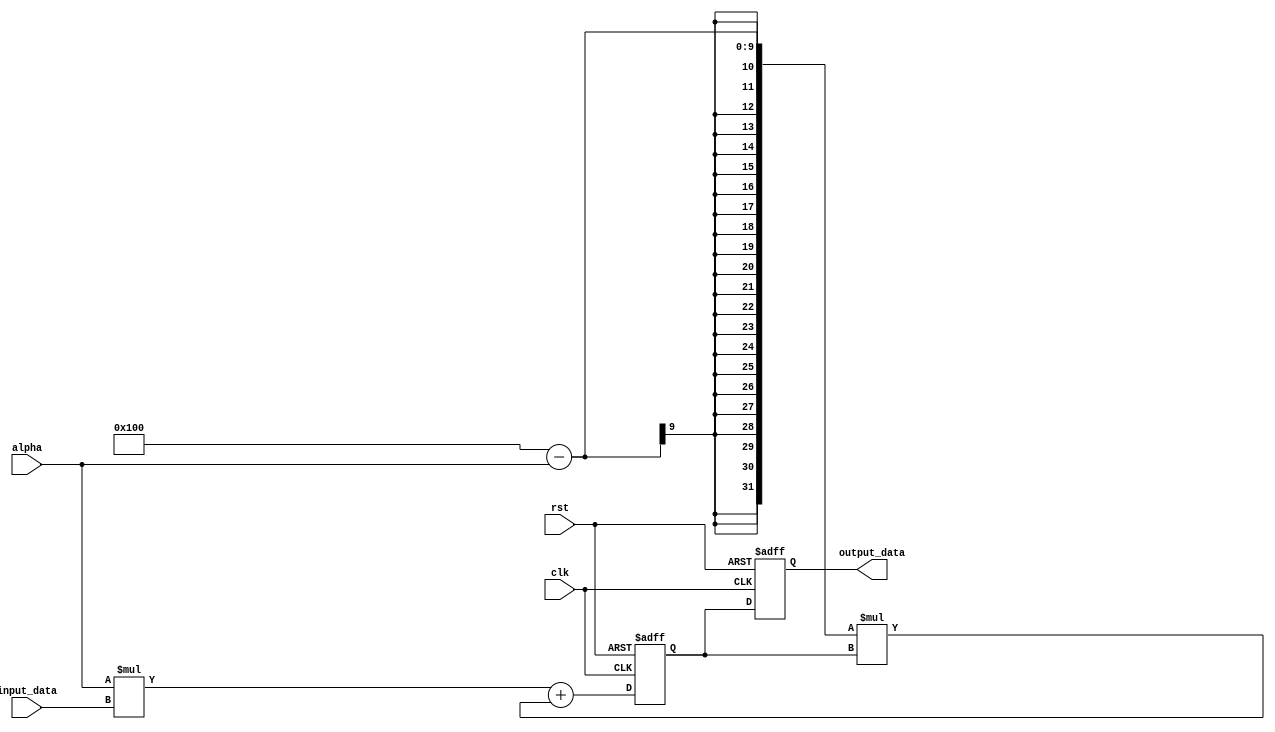
module EMA_accumulator (
    input wire clk,
    input wire rst,
    input wire [15:0] input_data,
    input wire [7:0] alpha,
    output reg [15:0] output_data
    );
    
    reg [15:0] previous_avg;
    
    always @(posedge clk or posedge rst) begin
        if (rst) begin
            previous_avg <= 0;
            output_data <= 0;
        end
        else begin
            previous_avg <= alpha * input_data + (256 - alpha) * previous_avg;
            output_data <= previous_avg;
        end
    end
endmodule